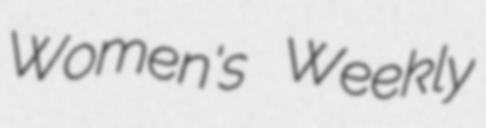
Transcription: Women's Weekly